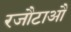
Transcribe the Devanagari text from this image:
रजौटाऔं